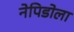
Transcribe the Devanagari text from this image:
नेपिडोला